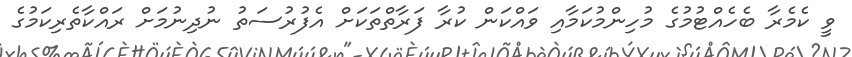
ވީ ކެމެރާ ބެހެއްޓުމުގެ މުހިންމުކަމާއި ވައްކަން ކުރާ ފަރާތްތަކަށް އެފުރުސަތު ނުދިނުމަށް ރައްކާތެރިކަމުގެ